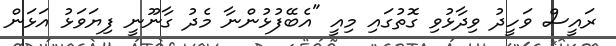
ރައީސް ވަހީދު ވިދާޅުވި ގޮތުގައި މިއީ "އެބޭފުޅުންނާ މެދު ގާނޫނީ ފިޔަވަޅު އަޅަން